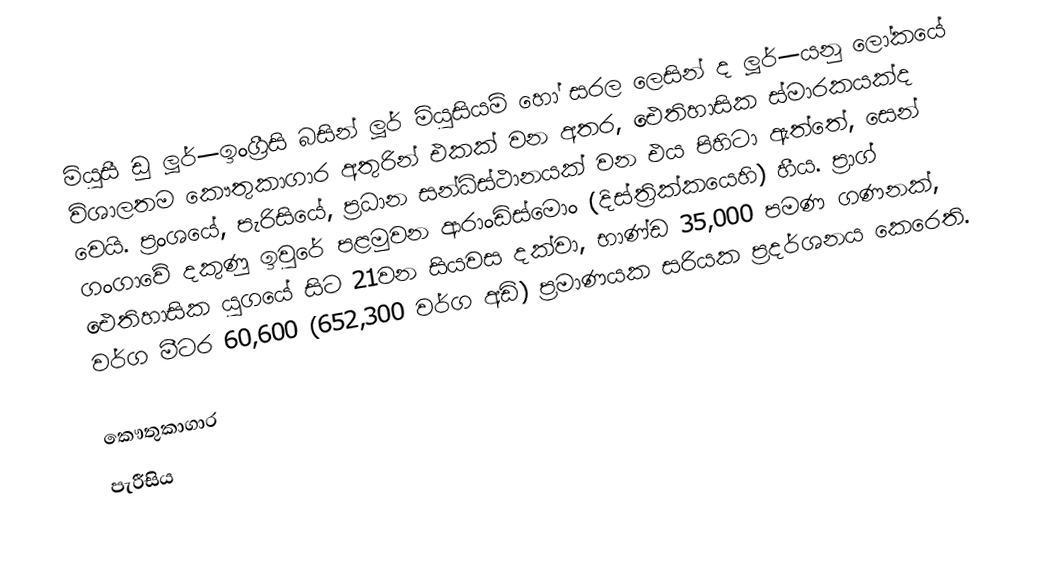
මියුසී ඩු ලූර්—ඉංග්‍රීසි බසින් ලූර් මියුසියම් හෝ සරල ලෙසින් ද ලූර්—යනු ලෝකයේ විශාලතම කෞතුකාගාර අතුරින් එකක් වන අතර, ඓතිහාසික ස්මාරකයක්ද වෙයි. ප්‍රංශයේ, පැරිසියේ, ප්‍රධාන සන්ධිස්ථානයක් වන එය පිහිටා ඇත්තේ, සෙන් ගංගාවේ දකුණු ඉවුරේ පළමුවන  ආරාංඩිස්මොං (දිස්ත්‍රික්කයෙහි) හීය. ප්‍රාග් ඓතිහාසික යුගයේ සිට 21වන සියවස දක්වා, භාණ්ඩ 35,000 පමණ ගණනක්, වර්ග මීටර   60,600 (652,300 වර්ග අඩි) ප්‍රමාණයක සරියක ප්‍රදර්ශනය කෙරෙති.

කෞතුකාගාර
පැරීසිය